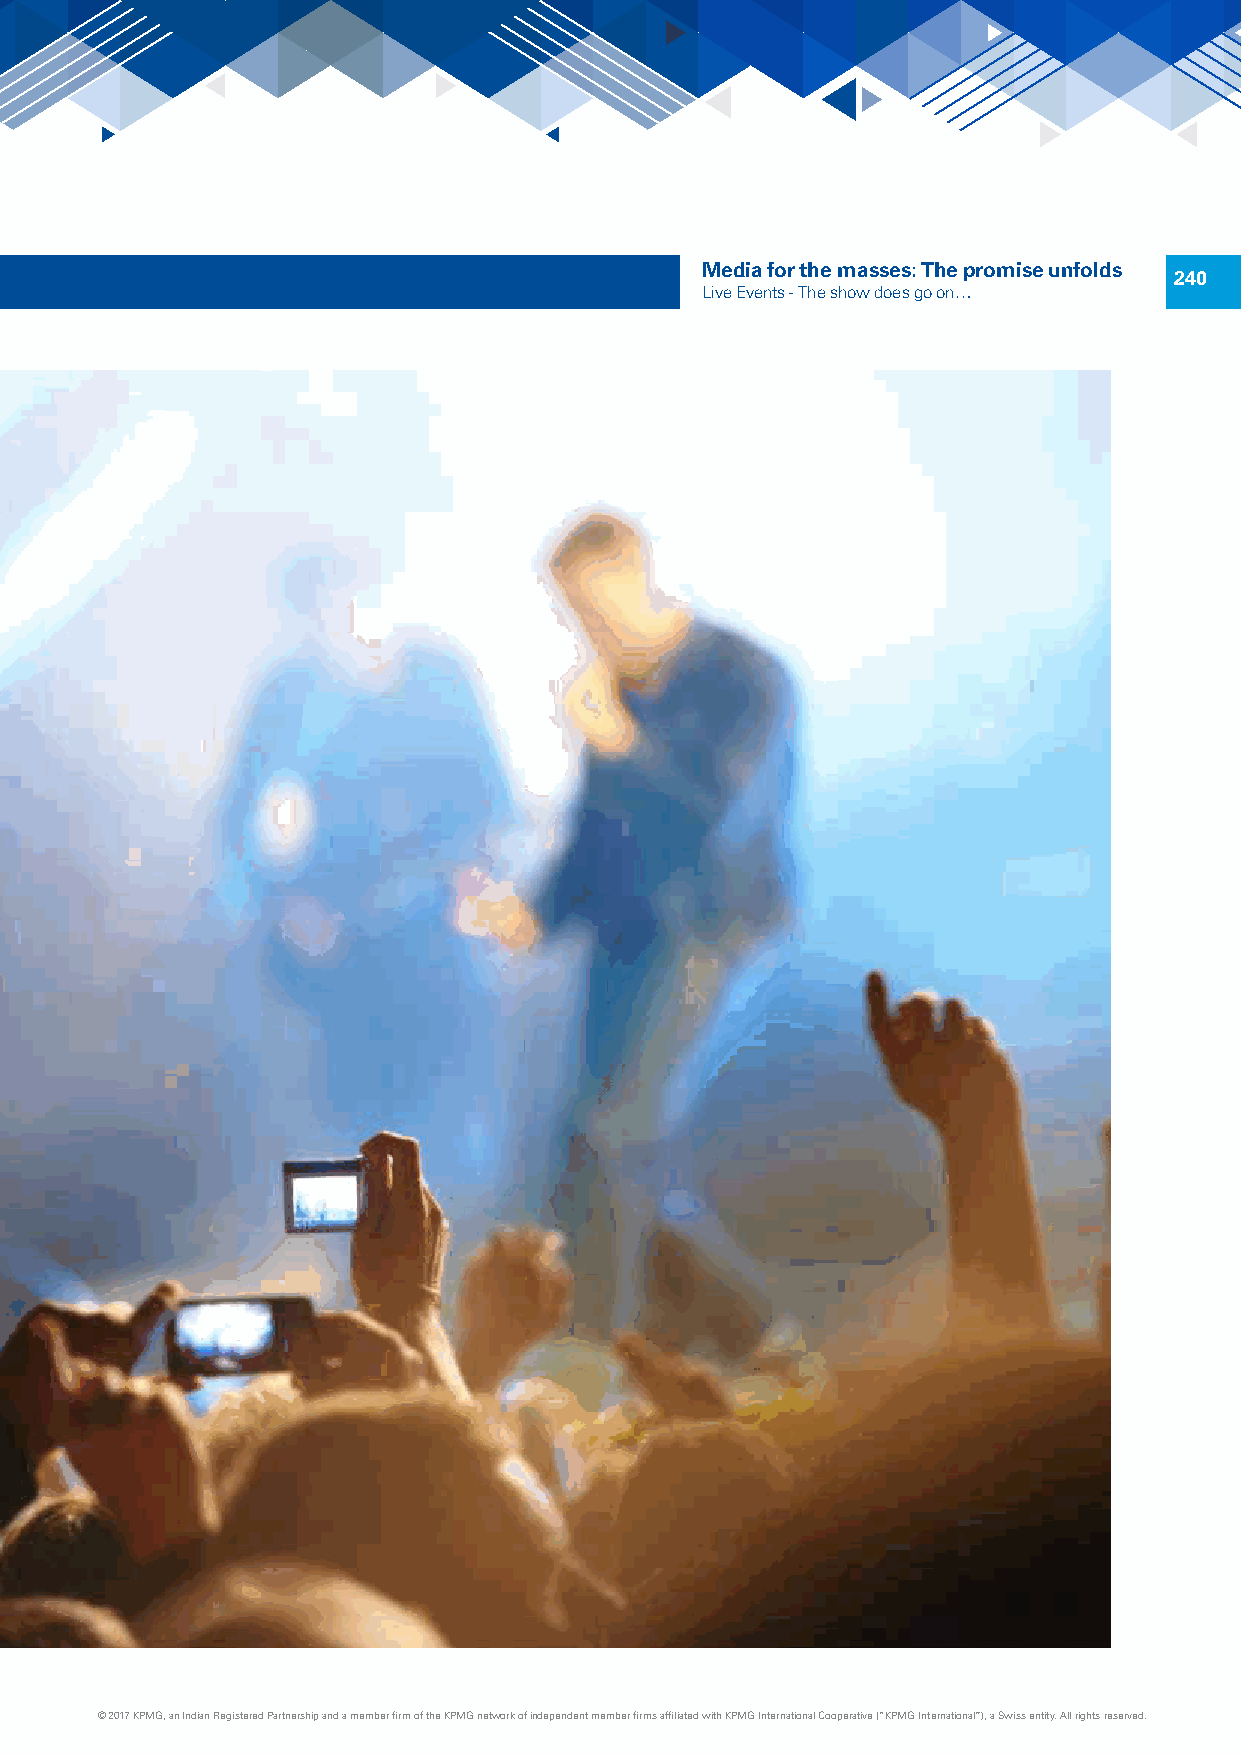
Media for the masses: The promise unfolds
 240
 Live Events - The show does go on…
 © 2017 KPMG, an Indian Registered Partnership and a member firm of the KPMG network of independent member firms affiliated with KPMG International Cooperative (“KPMG International”), a Swiss entity. All rights reserved.